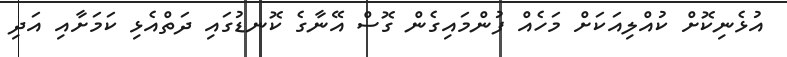
އުޅެނިކޮށް ކުއްލިއަކަށް މަހެއް ފުންމައިގެން ގޮސް އޭނާގެ ކޮނޑުގައި ދަތްއެޅި ކަމަށާއި އަދި